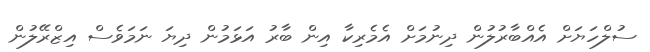
ސުލްހަޔަށް އެއްބާރުލުން ދިނުމަށް އެމެރިކާ އިން ބާރު އަޅަމުން ދިޔަ ނަމަވެސް އިޒްރޭލުން